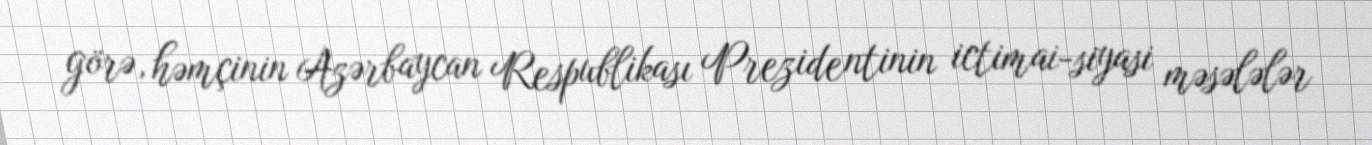
görə, həmçinin Azərbaycan Respublikası Prezidentinin ictimai-siyasi məsələlər